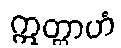
ဣတ္ထာဟံ